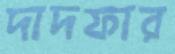
দাদফার